V__Kingissepa_nim__kolhoos, lk 8
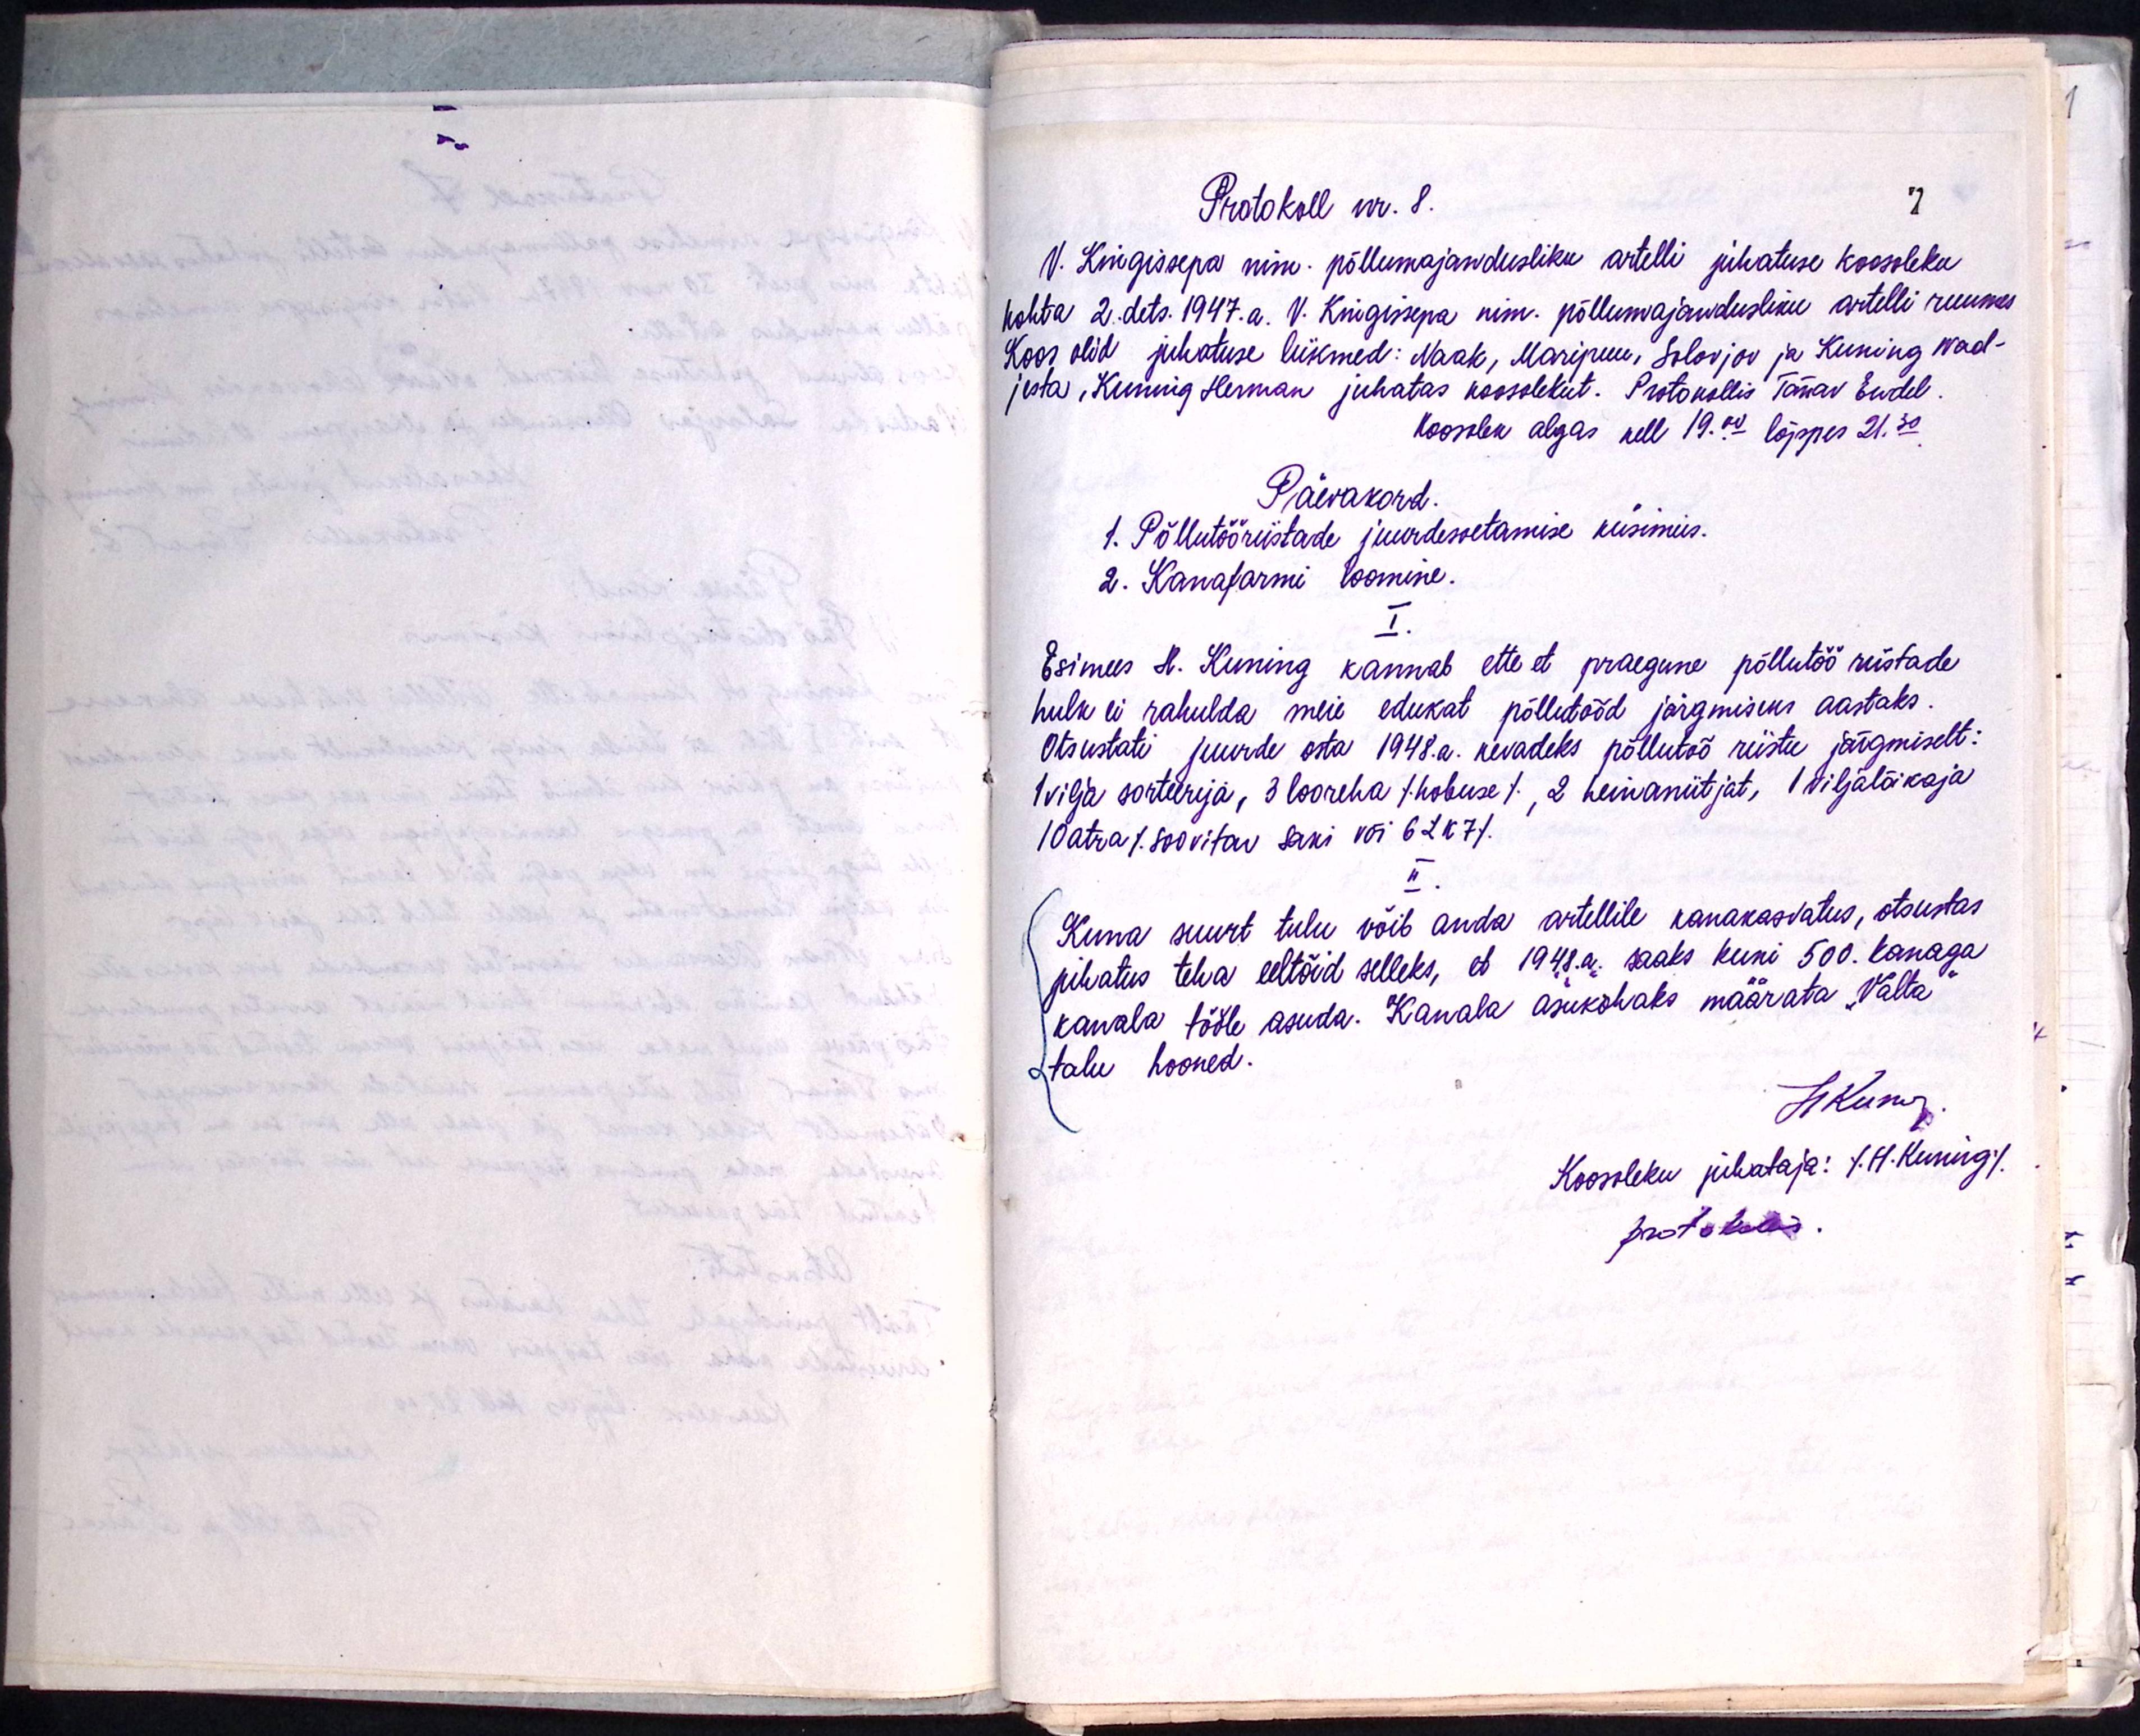
Protokoll nr. 8.
V. Kingissepa nim. põllumajandusliku artelli juhatuse koosoleku
kohta 2. dets. 1947. a. V. Kingisepa nim. põllumajandusliku artelli ruumes
Koos olid juhatuse liikmed: Naak, Maripuu, Solovjov ja Kuning Nad-
jesta, Kuning Herman juhatas koosolekut. Protokollis Tänav Endel
Koosolek algas kell 19.00 lõppes 21.30
Päevakord.
1. Põllutööriistade juurdesoetamise küsimus.
2. Kanafarmi loomine.
I.
Esimees H. Kuning kannab ette et praegune põllutöö riistade
hulk ei rahulda meie edukat põllutööd järgmiseks aastaks.
Otsustati juurde osta 1948. a. kevadeks põllutöö riistu järgmiselt:
1 vilja sorteerija, 3 looreha /hobuse/, 2 heinaniitjat, 1 viljalõikaja
10 atra /soovitav saki või 6LK7/.
II.
Kuna suurt tulu võib anda artellile kanakasvatus, otsustas
juhatus teha eeltöid selleks, et 1948.a. saaks kuni 500. kanaga
kanala tööle asuda. Kanala asukohaks määrata "Valta
talu hooned.
Koosoleku juhataja: /H.Kuning/.
protokollis.